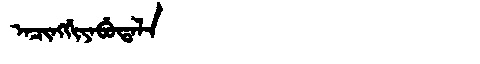
Manchu: ᠠᠴᡳᠩᡤᡳᠶᠠᠪᡠᡨᠠᠯᠠ
Romanization: ACINGGIYABUTALA